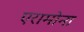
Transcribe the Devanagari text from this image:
एरामोना